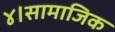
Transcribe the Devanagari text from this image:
४।सामाजिक